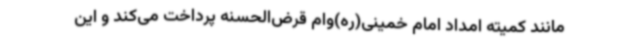
مانند کمیته امداد امام خمینی(ره)وام‌ قرض‌الحسنه پرداخت می‌کند و این